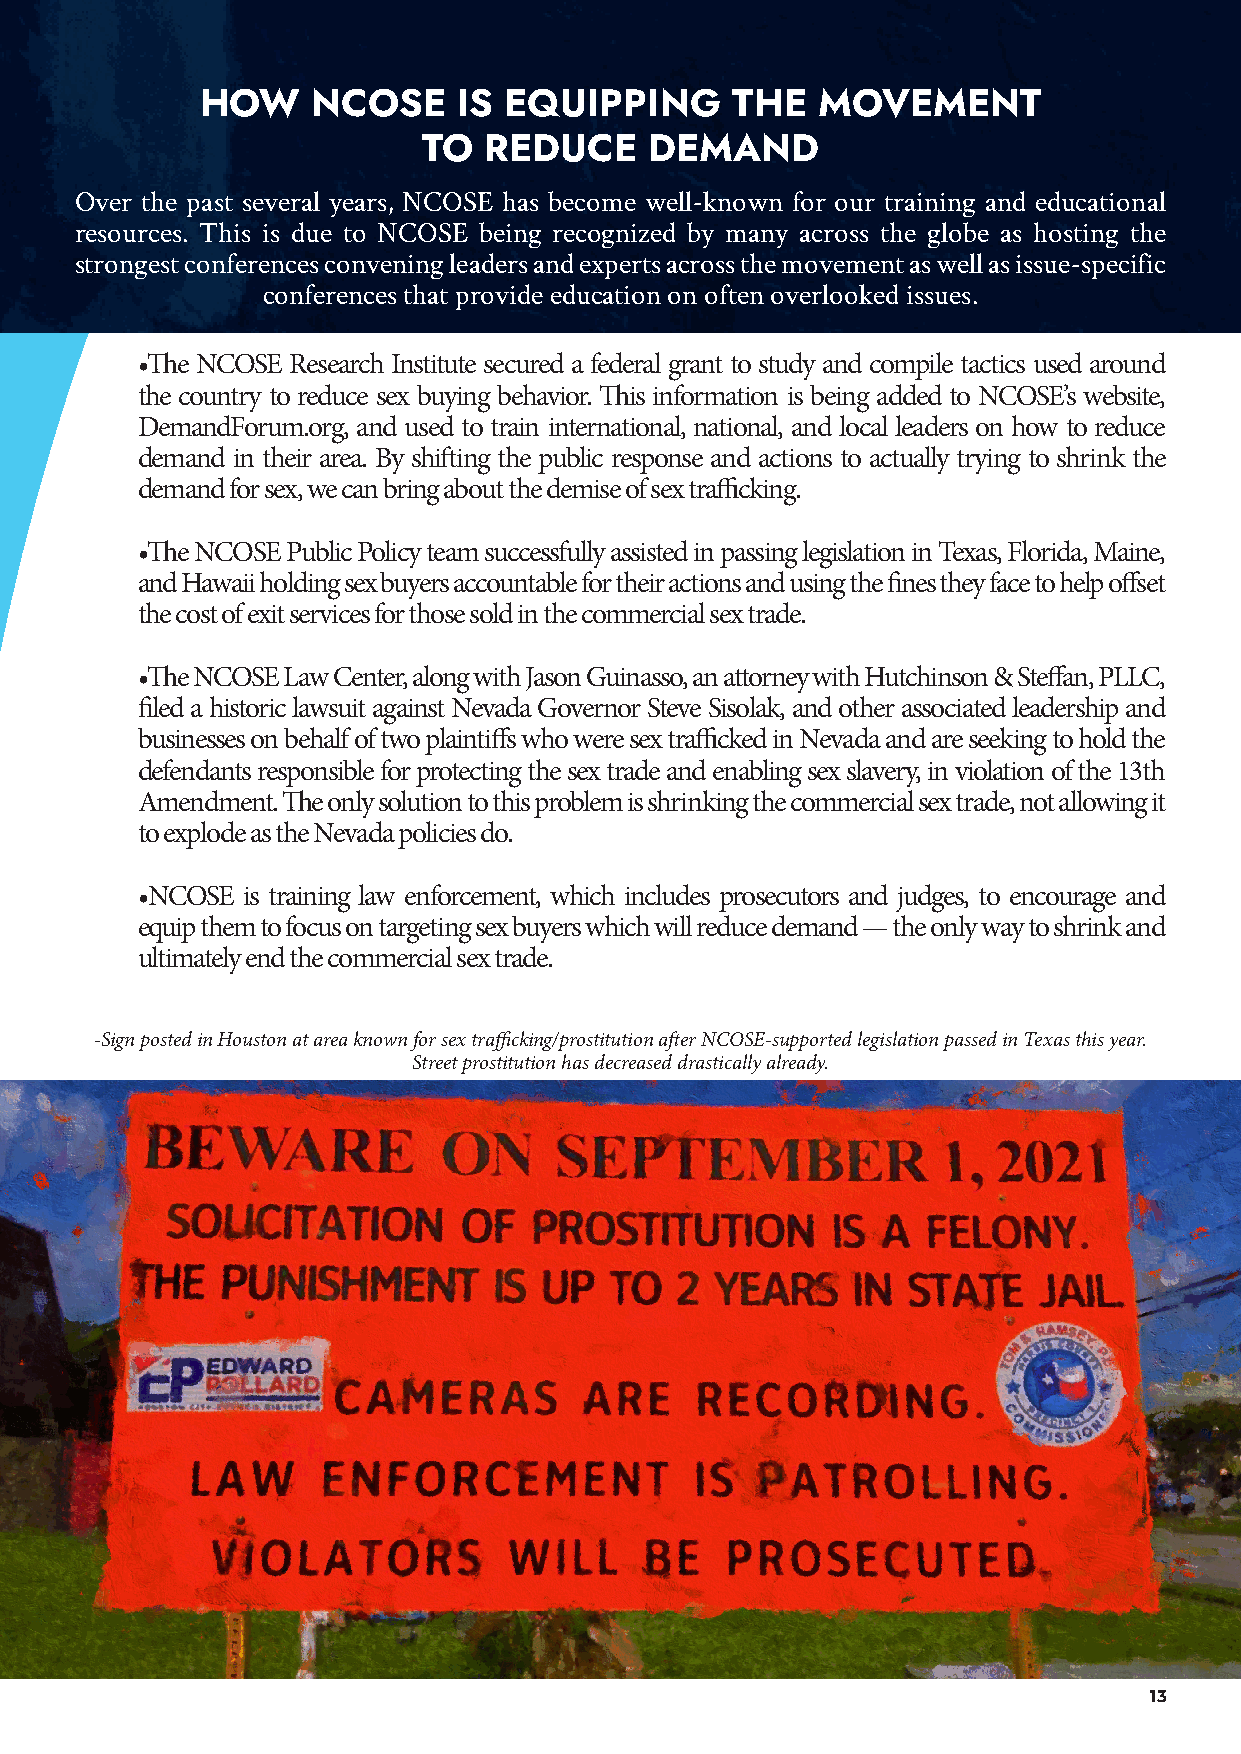
HOW     NCOSE    IS EQUIPPING      THE   MOVEMENT
 TO  REDUCE     DEMAND
 Over the past several years, NCOSE has become well-known for our training and educational
 resources. This is due to NCOSE being recognized by many across the globe as hosting the
 strongest conferences convening leaders and experts across the movement as well as issue-specific
 conferences that provide education on often overlooked issues.
 •The NCOSE Research Institute secured a federal grant to study and compile tactics used around
 the country to reduce sex buying behavior. This information is being added to NCOSE’s website,
 DemandForum.org, and used to train international, national, and local leaders on how to reduce
 demand in their area. By shifting the public response and actions to actually trying to shrink the
 demand for sex, we can bring about the demise of sex trafficking.
 •The NCOSE Public Policy team successfully assisted in passing legislation in Texas, Florida, Maine,
 and Hawaii holding sex buyers accountable for their actions and using the fines they face to help offset
 the cost of exit services for those sold in the commercial sex trade.
 •The NCOSE Law Center, along with Jason Guinasso, an attorney with Hutchinson & Steffan, PLLC,
 filed a historic lawsuit against Nevada Governor Steve Sisolak, and other associated leadership and
 businesses on behalf of two plaintiffs who were sex trafficked in Nevada and are seeking to hold the
 defendants responsible for protecting the sex trade and enabling sex slavery, in violation of the 13th
 Amendment. The only solution to this problem is shrinking the commercial sex trade, not allowing it
 to explode as the Nevada policies do.
 •NCOSE is training law enforcement, which includes prosecutors and judges, to encourage and
 equip them to focus on targeting sex buyers which will reduce demand — the only way to shrink and
 ultimately end the commercial sex trade.
 -Sign posted in Houston at area known for sex trafficking/prostitution after NCOSE-supported legislation passed in Texas this year.
 Street prostitution has decreased drastically already.
 13